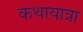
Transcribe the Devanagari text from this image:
कथायात्रा